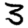
Digit: 3